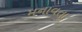
મનાવતાૢ